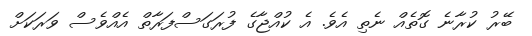
ބޭރު ކުރާނެ ގޮތެއް ނެތި އެވެ. އެ ކުއްޖާގެ ފުރަގަސްފަރާތް އެއްވެސް ވަރަކަށް